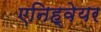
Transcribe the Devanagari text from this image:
एनिह्वेयर